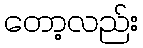
တော့လည်း